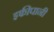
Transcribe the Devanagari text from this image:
इफीपानी